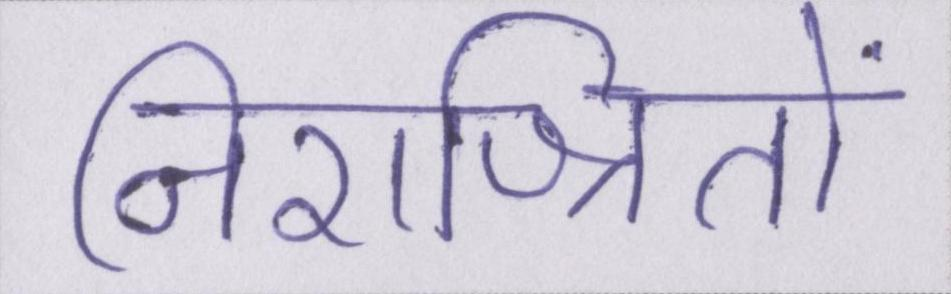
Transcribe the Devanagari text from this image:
निराश्रितों